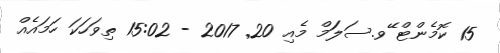
15 ކޮމެންޓް ޭވ.ސަލަަަަަަަމް މެއި 20